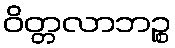
ဝိတ္တလာဘဉ္စ